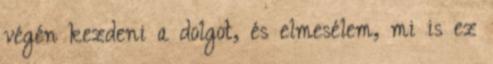
végén kezdeni a dolgot, és elmesélem, mi is ez